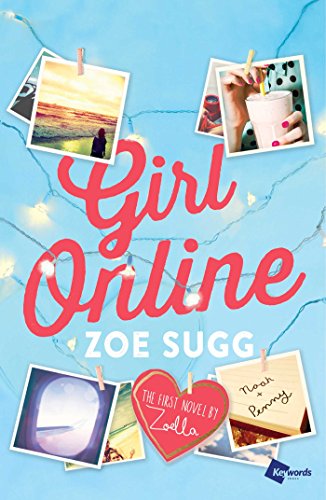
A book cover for Girl Online: The First Novel by Zoella; Zoe Sugg; Teen & Young Adult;